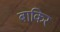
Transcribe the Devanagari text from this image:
बाकिर